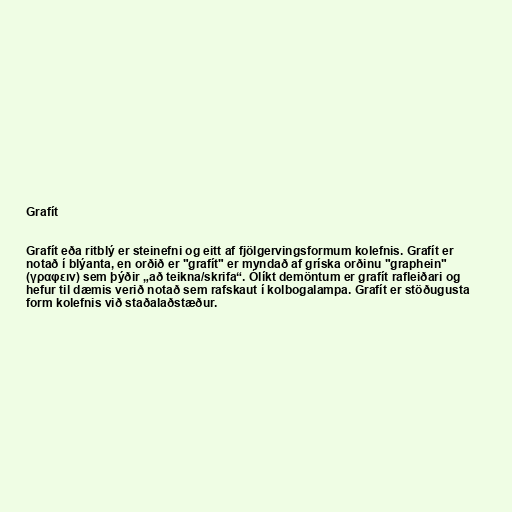
Grafít

Grafít eða ritblý er steinefni og eitt af fjölgervingsformum kolefnis. Grafít er
notað í blýanta, en orðið er "grafít" er myndað af gríska orðinu "graphein"
(γραφειν) sem þýðir „að teikna/skrifa“. Ólíkt demöntum er grafít rafleiðari og
hefur til dæmis verið notað sem rafskaut í kolbogalampa. Grafít er stöðugusta
form kolefnis við staðalaðstæður.